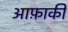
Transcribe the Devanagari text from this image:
आफ़ाकी